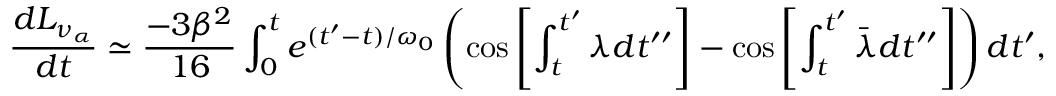
{ \frac { d L _ { \nu _ { \alpha } } } { d t } } \simeq { \frac { - 3 \beta ^ { 2 } } { 1 6 } } \int _ { 0 } ^ { t } e ^ { ( t ^ { \prime } - t ) / \omega _ { 0 } } \left( \cos \left[ \int _ { t } ^ { t ^ { \prime } } \lambda d t ^ { \prime \prime } \right] - \cos \left[ \int _ { t } ^ { t ^ { \prime } } \bar { \lambda } d t ^ { \prime \prime } \right] \right) d t ^ { \prime } ,